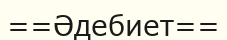
==Әдебиет==